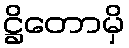
ဋ္ဌိတောမှိ